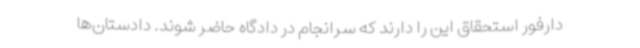
دارفور استحقاق این را دارند که سرانجام در دادگاه حاضر شوند. دادستان‌ها